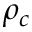
\rho _ { c }